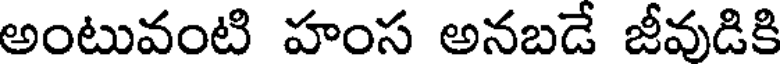
అంటువంటి హంస అనబడే జీవుడికి